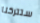
ستتركنا